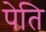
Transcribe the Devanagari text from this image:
पेति